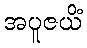
အပူဇယိံ